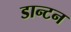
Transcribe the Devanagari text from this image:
डान्टन